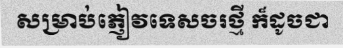
សម្រាប់ភ្ញៀវទេសចរថ្មី ក៏ដូចជា